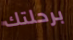
برحلتك